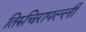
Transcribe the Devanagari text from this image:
तिरुचिरापल्‍ली